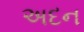
અદન